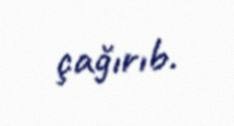
çağırıb.